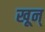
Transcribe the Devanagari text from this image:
खून्